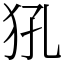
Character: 犼